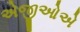
એજીઓએ